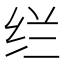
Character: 𰬊